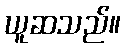
ယူဆသည်။